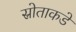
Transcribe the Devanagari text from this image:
स्रोताकडे